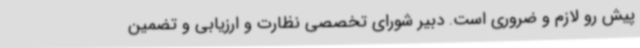
پیش رو لازم و ضروری است. دبیر شورای تخصصی نظارت و ارزیابی و تضمین